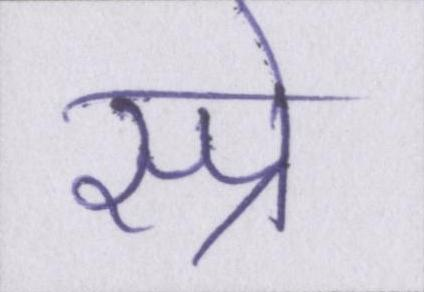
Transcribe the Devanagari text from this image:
स्प्रे